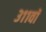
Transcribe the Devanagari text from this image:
३११वॉ